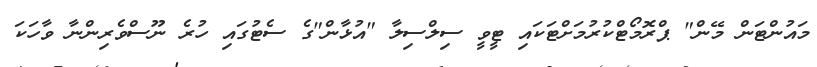
މައުންޓަން މޭން" ޕްރޮމޯޓްކުރުމަށްޓަކައި ޓީވީ ސިލްސިލާ "އުޅާން"ގެ ސެޓުގައި ހުރެ ނޫސްވެރިންނާ ވާހަކަ